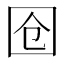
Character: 𭍜